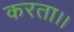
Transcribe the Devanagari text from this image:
करता।।